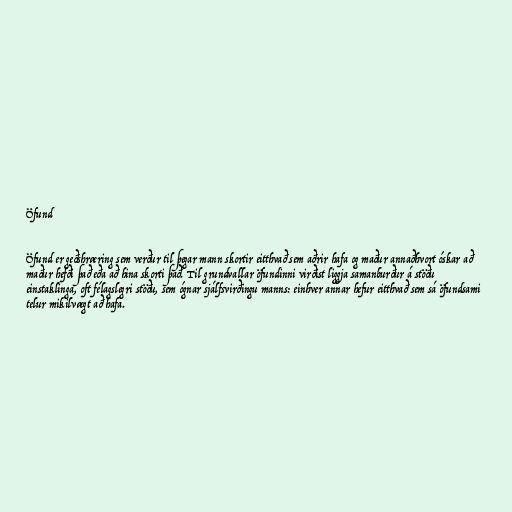
Öfund

Öfund er geðshræring sem verður til þegar mann skortir eitthvað sem aðrir hafa og maður annaðhvort óskar að
maður hefði það eða að hina skorti það. Til grundvallar öfundinni virðist liggja samanburður á stöðu
einstaklinga, oft félagslegri stöðu, sem ógnar sjálfsvirðingu manns: einhver annar hefur eitthvað sem sá öfundsami
telur mikilvægt að hafa.